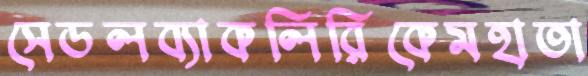
সেডলব্যাকলিরিকেমহাতা